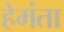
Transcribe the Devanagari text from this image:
हेमंता